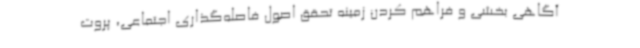
آگاهی بخشی و فراهم کردن زمینه تحقق اصول فاصله‌گذاری اجتماعی، پروت